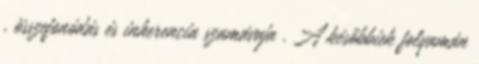
, összefonódás és inherencia szamávaja . A későbbiek folyamán